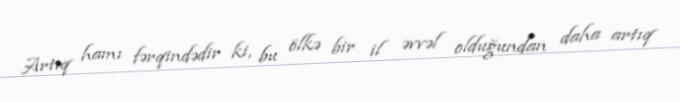
Artıq hamı fərqindədir ki, bu ölkə bir il əvvəl olduğundan daha artıq